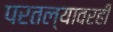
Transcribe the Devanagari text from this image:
परतल्यावरही